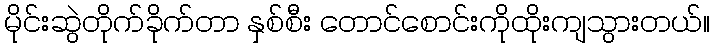
မိုင်းဆွဲတိုက်ခိုက်တာ နှစ်စီး တောင်စောင်းကိုထိုးကျသွားတယ်။